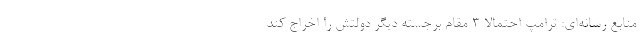
منابع رسانه‌ای: ترامپ احتمالا ۳ مقام برجسته دیگر دولتش را اخراج کند